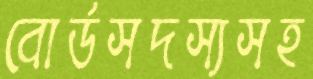
বোর্ডসদস্যসহ